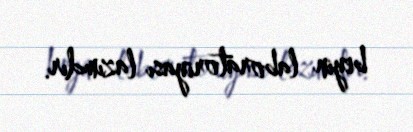
beyin laboratoriyası lazımdır.